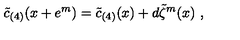
\tilde { c } _ { ( 4 ) } ( x + e ^ { m } ) = \tilde { c } _ { ( 4 ) } ( x ) + d \tilde { \zeta } ^ { m } ( x ) \ ,